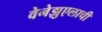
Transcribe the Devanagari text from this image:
वेनेझुएलाची